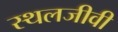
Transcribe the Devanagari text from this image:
स्थलजीवी